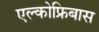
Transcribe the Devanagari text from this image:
एल्कोफ्रिबास